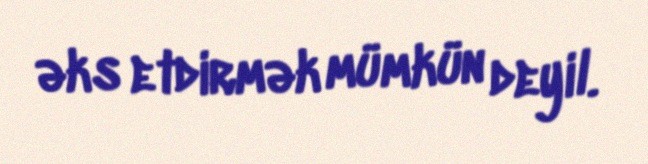
əks etdirmək mümkün deyil.